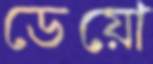
ডেয়ো